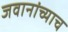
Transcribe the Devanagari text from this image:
जवानांच्याच